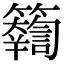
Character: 𥷤